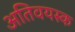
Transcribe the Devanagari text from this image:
अतिवयस्क